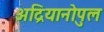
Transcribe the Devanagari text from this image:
अद्रियानोपुल